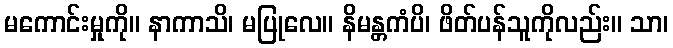
မကောင်းမှုကို။ နာကာသိ၊ မပြုလေ။ နိမန္တကံပိ၊ ဖိတ်ပန်သူကိုလည်း။ သာ၊